Leningradi_Edasi_toimetus, lk 105
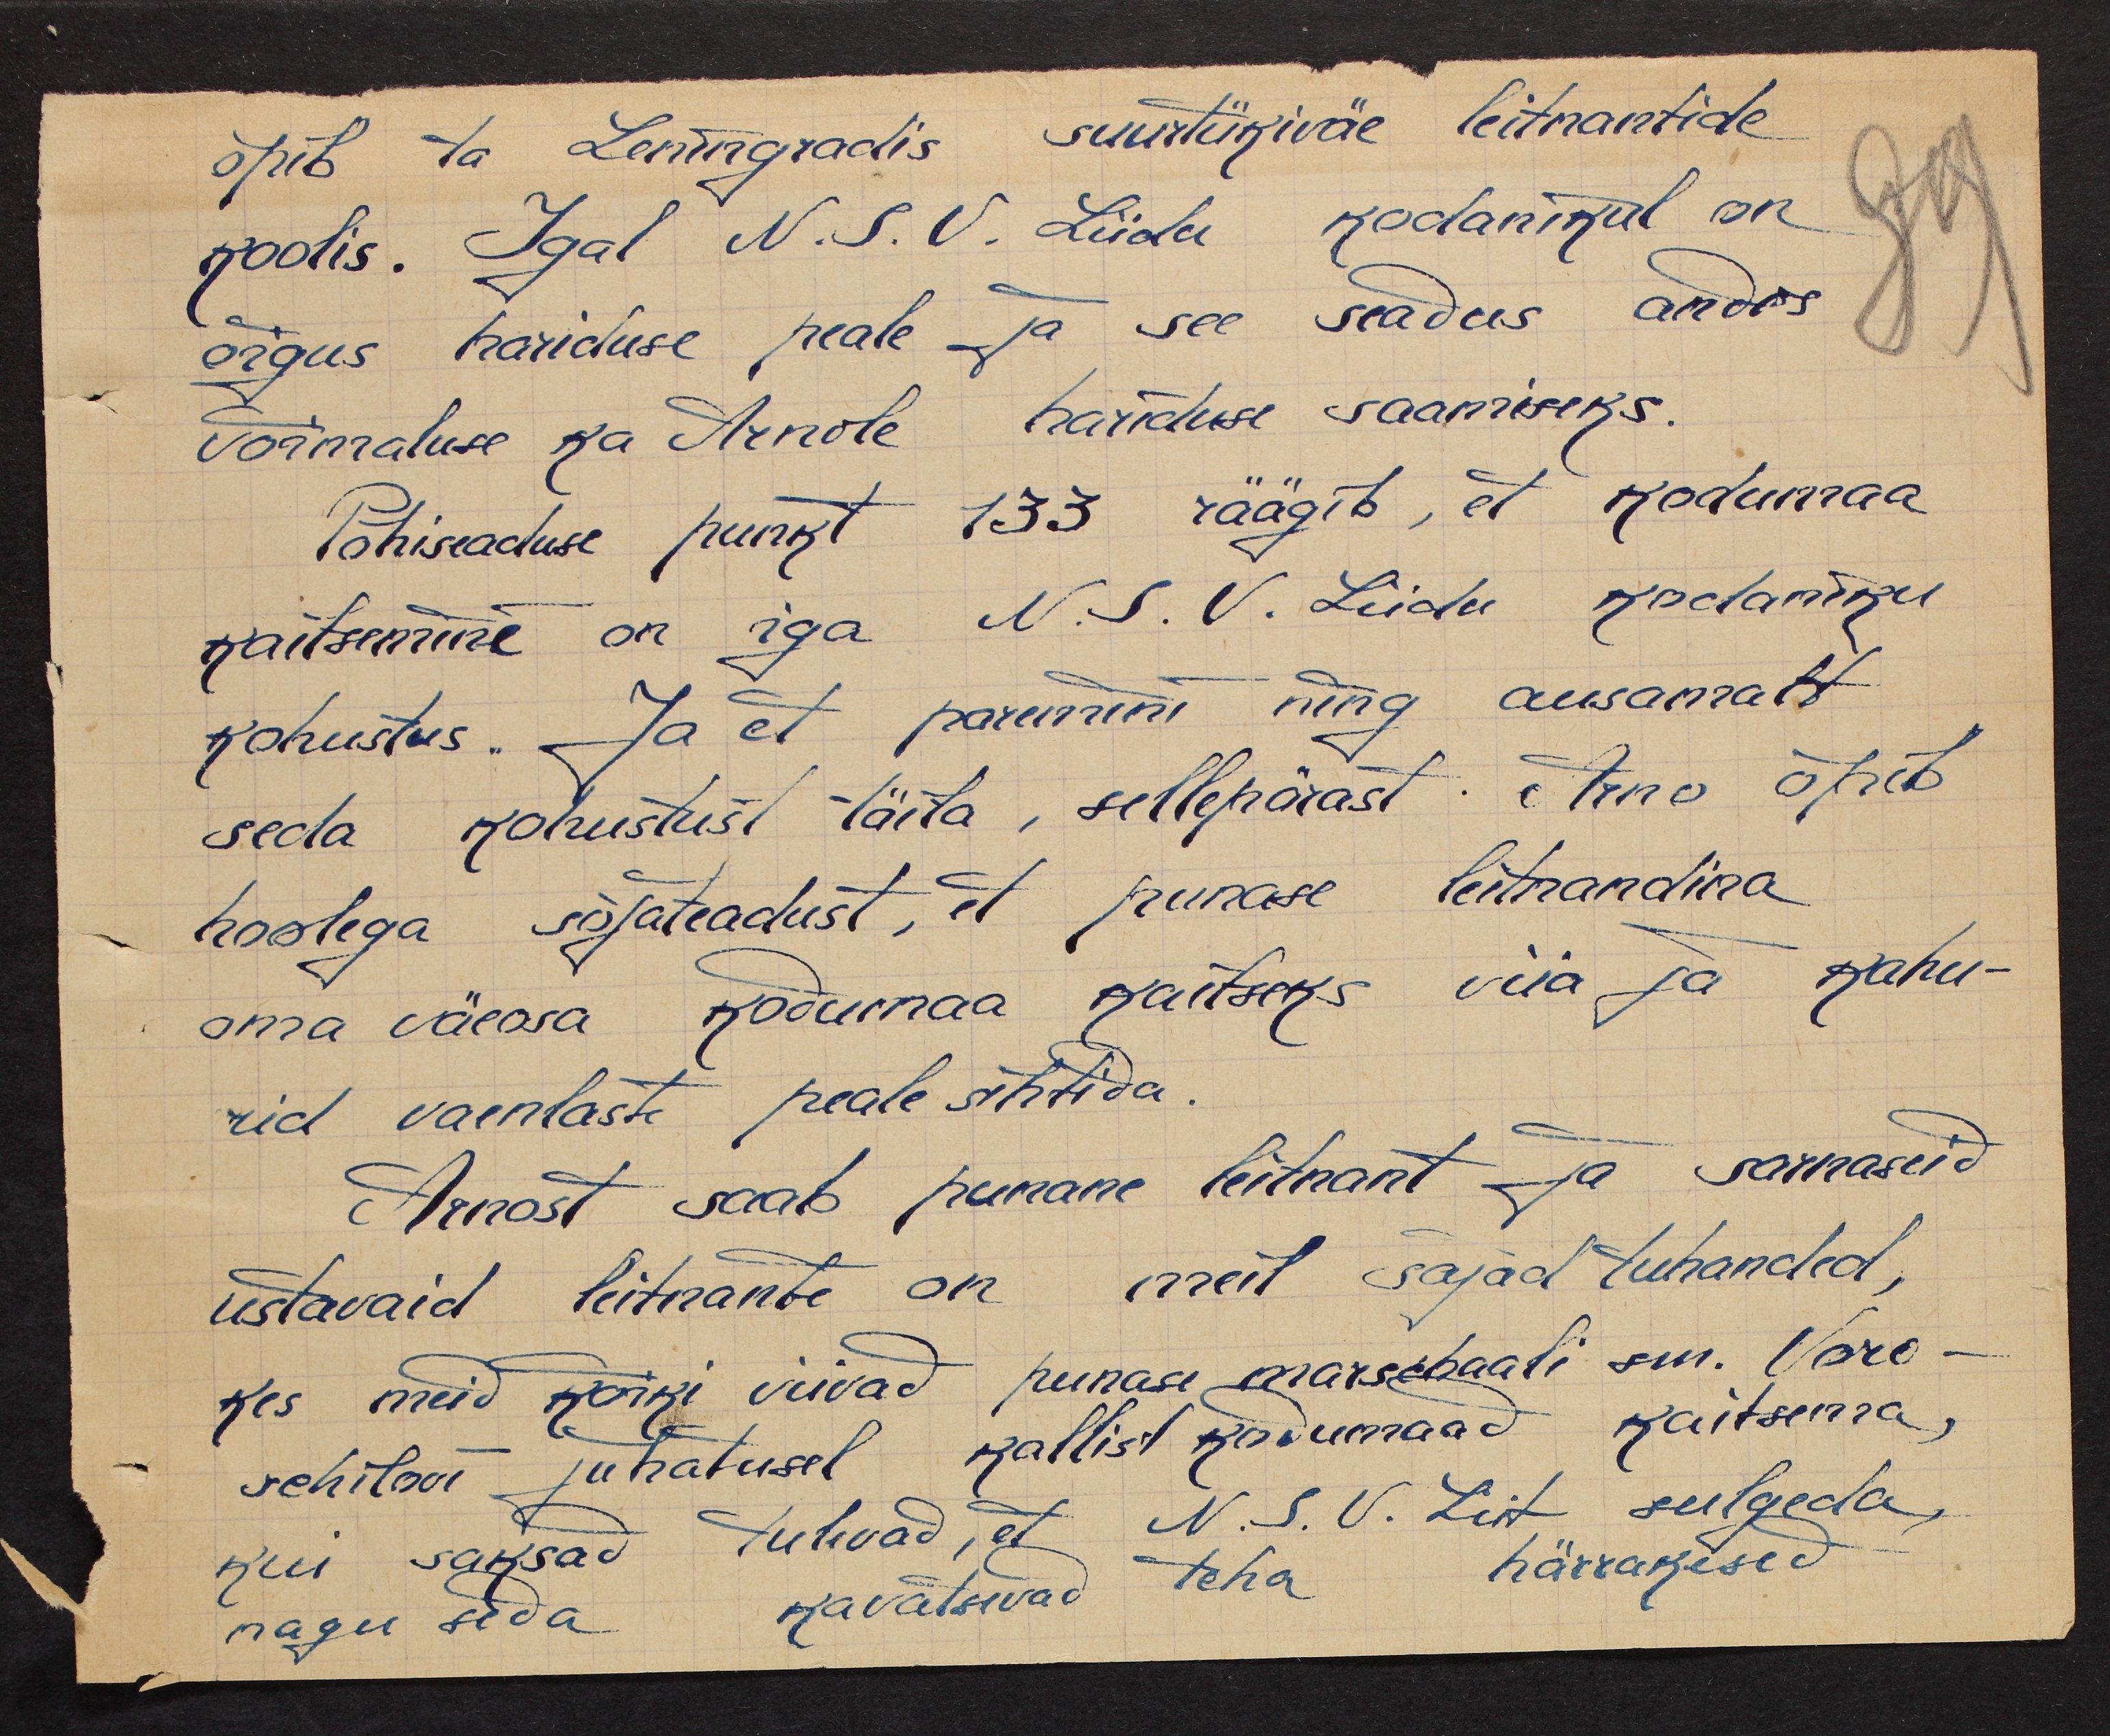
õpib ta Leningradis suurtükiväe leitnantide
koolis. Igal N.S.V. Liidu kodanikul on
õigus hariduse peale ja see seadus andis
võimaluse ka Arnole hariduse saamiseks.
Põhiseaduse punkt 133 räägib, et kodumaa
kaitsemine on iga N.S.V. Liidu kodaniku
kohustus. Ja et paremini ning ausamalt
seda kohustust täita, sellepärast Arno õpib
hoolega sõjateadust, et punase leitnandina
oma väeosa kodumaa kaitseks viia ja kahu-
rid vaenlaste peale sihtida.
Arnost saab punane leitnant ja sarnaseid
ustavaid leitnante on meil sajad tuhanded,
kes meid kõiki viivad punase marschaali sm. Voro-
schilovi juhatusel kallist kodumaad kaitsema,
kui saksad tulevad, et N.S.V. Liit sulgeda,
nagu seda kavatsivad teha härrakesed